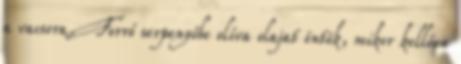
a vacsora. Forró serpenyőbe olíva olajat öntök, mikor kellően